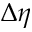
\Delta \eta